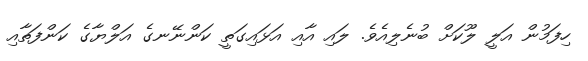
ހިފަމުން އަލީ ލޫކަށް ބުނެލިއެވެ. ލައި އާއި އަޅައިގަތީ ކަންނޭނގެ އަލްޔާގެ ކަންފަތާއި